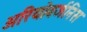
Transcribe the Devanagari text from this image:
अरियोवर्जनिस